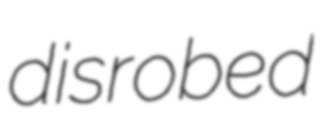
disrobed